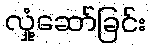
လှုံ့ဆော်ခြင်း